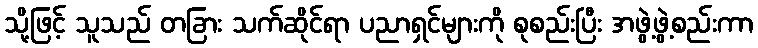
သို့ဖြင့် သူသည် တခြား သက်ဆိုင်ရာ ပညာရှင်များကို စုစည်းပြီး အဖွဲ့ဖွဲ့စည်းကာ